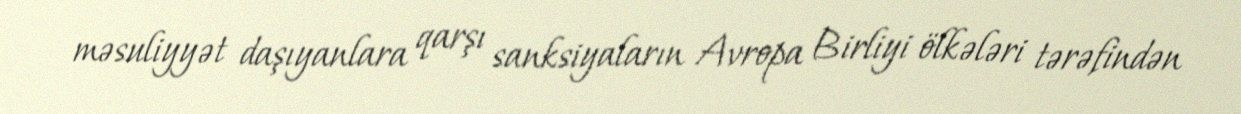
məsuliyyət daşıyanlara qarşı sanksiyaların Avropa Birliyi ölkələri tərəfindən